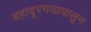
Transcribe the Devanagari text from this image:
बहादूरगडापासून